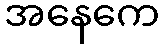
အနေကေ